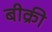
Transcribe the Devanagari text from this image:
बीक्री